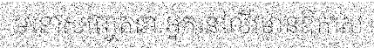
មនោសញ្ចេតនា អ្នកនៅលីវមានឱកាស